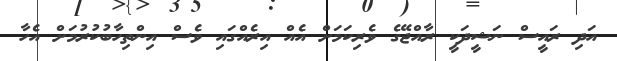
އަދި ރައީސް ނަޝީދަކީ ރާއްޖޭގެ ވެރިކަމަށް އެއް އިރެއްގައި ވެސް އިންތިހާބުކުރުމަށް އެހާ